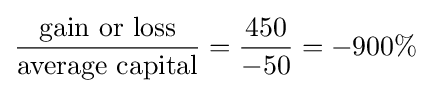
{\frac {\text{gain or loss}}{\text{average capital}}}={\frac {450}{-50}}=-900\%